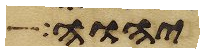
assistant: יהוה